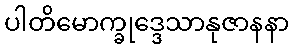
ပါတိမောက္ခုဒ္ဒေသာနုဇာနနာ